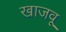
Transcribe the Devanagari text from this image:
खाजवू